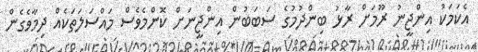
އެކަމަކު އިންޖީނު ރޫމަށް ރާޅު ބިންދުމުގެ ސަބަބުން އިންޖީނަށް ކޮންމެވެސް މައްސަލަތަކެއް ދިމާވެގެން